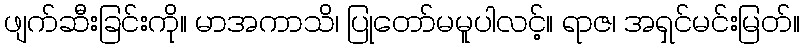
ဖျက်ဆီးခြင်းကို။ မာအကာသိ၊ ပြုတော်မမူပါလင့်။ ရာဇ၊ အရှင်မင်းမြတ်။